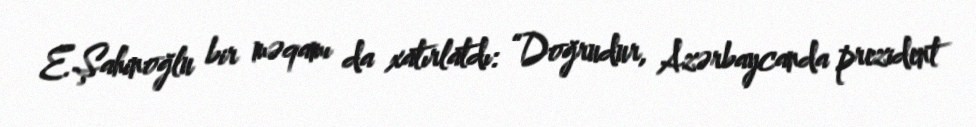
E.Şahinoğlu bir məqamı da xatırlatdı: “Doğrudur, Azərbaycanda prezident